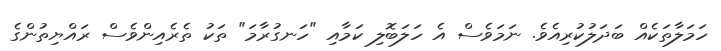
ހަމަލާތަކެއް ބަދަލުކުރިއެވެ. ނަމަވެސް އެ ހަލަބޮލި ކަމާއި "ހަނގުރާމަ" ތަކު ތެރެއިންވެސް ރައްޔިތުންގެ